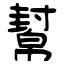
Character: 幫